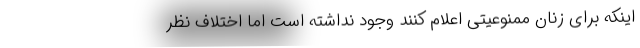
اینکه برای زنان ممنوعیتی اعلام کنند وجود نداشته است اما اختلاف نظر